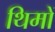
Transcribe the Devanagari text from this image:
थिमों